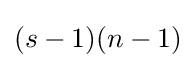
(s-1)(n-1)